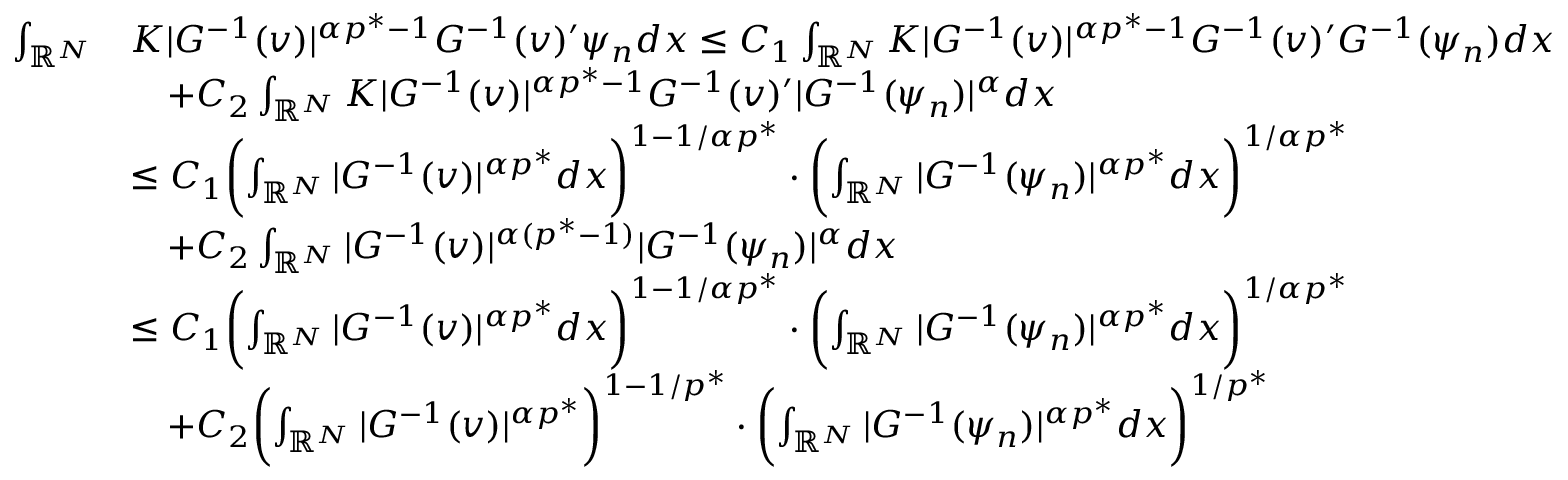
\begin{array} { r l } { \int _ { \mathbb { R } ^ { N } } } & { K | G ^ { - 1 } ( v ) | ^ { \alpha p ^ { * } - 1 } G ^ { - 1 } ( v ) ^ { \prime } \psi _ { n } d x \le C _ { 1 } \int _ { \mathbb { R } ^ { N } } K | G ^ { - 1 } ( v ) | ^ { \alpha p ^ { * } - 1 } G ^ { - 1 } ( v ) ^ { \prime } G ^ { - 1 } ( \psi _ { n } ) d x } \\ & { \quad + C _ { 2 } \int _ { \mathbb { R } ^ { N } } K | G ^ { - 1 } ( v ) | ^ { \alpha p ^ { * } - 1 } G ^ { - 1 } ( v ) ^ { \prime } | G ^ { - 1 } ( \psi _ { n } ) | ^ { \alpha } d x } \\ & { \le C _ { 1 } \biggl ( \int _ { \mathbb { R } ^ { N } } | G ^ { - 1 } ( v ) | ^ { \alpha p ^ { * } } d x \biggr ) ^ { 1 - 1 / \alpha p ^ { * } } \cdot \biggl ( \int _ { \mathbb { R } ^ { N } } | G ^ { - 1 } ( \psi _ { n } ) | ^ { \alpha p ^ { * } } d x \biggr ) ^ { 1 / \alpha p ^ { * } } } \\ & { \quad + C _ { 2 } \int _ { \mathbb { R } ^ { N } } | G ^ { - 1 } ( v ) | ^ { \alpha ( p ^ { * } - 1 ) } | G ^ { - 1 } ( \psi _ { n } ) | ^ { \alpha } d x } \\ & { \le C _ { 1 } \biggl ( \int _ { \mathbb { R } ^ { N } } | G ^ { - 1 } ( v ) | ^ { \alpha p ^ { * } } d x \biggr ) ^ { 1 - 1 / \alpha p ^ { * } } \cdot \biggl ( \int _ { \mathbb { R } ^ { N } } | G ^ { - 1 } ( \psi _ { n } ) | ^ { \alpha p ^ { * } } d x \biggr ) ^ { 1 / \alpha p ^ { * } } } \\ & { \quad + C _ { 2 } \biggl ( \int _ { \mathbb { R } ^ { N } } | G ^ { - 1 } ( v ) | ^ { \alpha p ^ { * } } \biggr ) ^ { 1 - 1 / p ^ { * } } \cdot \biggl ( \int _ { \mathbb { R } ^ { N } } | G ^ { - 1 } ( \psi _ { n } ) | ^ { \alpha p ^ { * } } d x \biggr ) ^ { 1 / p ^ { * } } } \end{array}